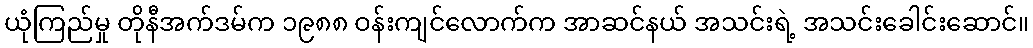
ယုံကြည်မှု တိုနီအက်ဒမ်က ၁၉၈၈ ဝန်းကျင်လောက်က အာဆင်နယ် အသင်းရဲ့ အသင်းခေါင်းဆောင်။